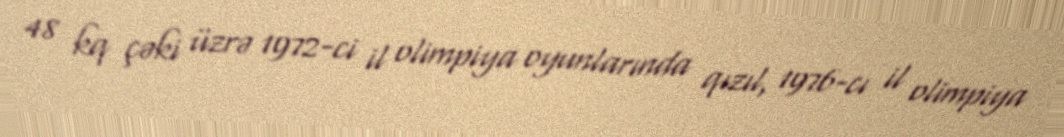
48 kq çəki üzrə 1972-ci il olimpiya oyunlarında qızıl, 1976-cı il olimpiya